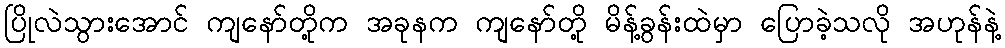
ပြိုလဲသွားအောင် ကျနော်တို့က အခုနက ကျနော်တို့ မိန့်ခွန်းထဲမှာ ပြောခဲ့သလို အဟုန်နဲ့